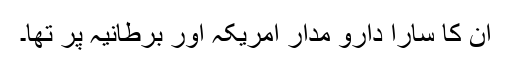
ان کا سارا دارو مدار امریکہ اور برطانیہ پر تھا۔